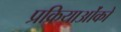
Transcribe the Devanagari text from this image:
प्रक्रियाओंको